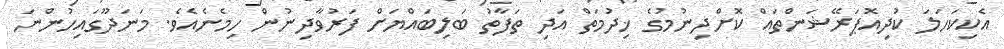
އެކިކަހަލަ ކުދިއޮޕަރޭޝަންތައް ކޮށްދިނުމުގެ ޚިދުމަތް އަދި ތަފާތު ބަލިބައްޔަށް ފަރުވާދިނުން ހިމެނެއެވެ. މަނަދޫގައިހުންނަ